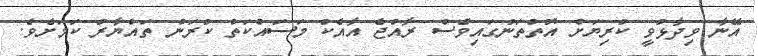
އޭނާ ވިދާޅުވީ ކުރިޔަށް އޮތްތަނުގައިވެސް ރާއްޖެ އާއެކު މަސައްކަތް ކުރަން ތައްޔާރު ކަމަށެވެ.